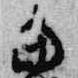
当